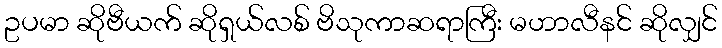
ဥပမာ ဆိုဗီယက် ဆိုရှယ်လစ် ဗိသုကာဆရာကြီး မဟာလီနင် ဆိုလျှင်